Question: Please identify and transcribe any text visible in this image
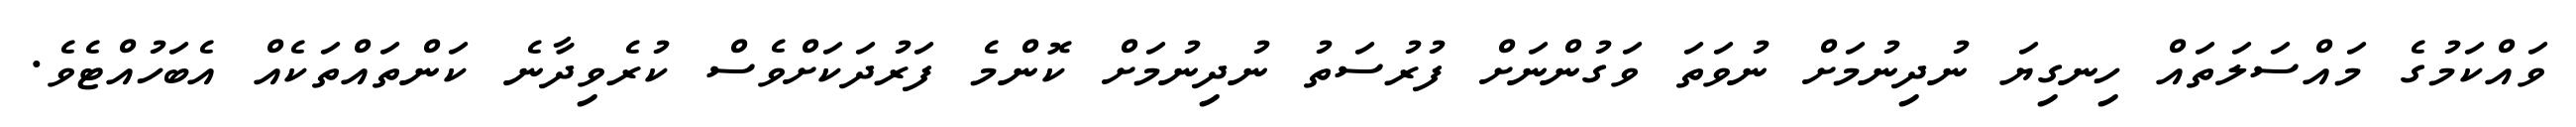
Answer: ވައްކަމުގެ މައްސަލަތައް ހިނގިޔަ ނުދިނުމަށް ނުވަތަ ވަގުންނަށް ފުރުސަތު ނުދިނުމަށް ކޮންމެ ފަރުދަކަށްވެސް ކުރެވިދާނެ ކަންތައްތަކެއް އެބަހުއްޓެވެ.